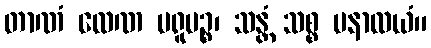
တာဏံ လေဏ မရူပဉ္စ၊ သန္တံ သစ္စ မနာလယံ။